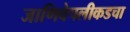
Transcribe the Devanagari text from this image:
जाणिवेपलीकडचा